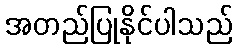
အတည်ပြုနိုင်ပါသည်